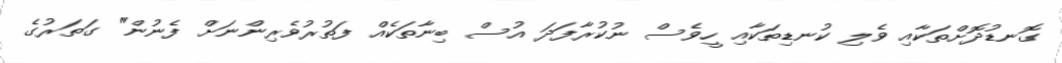
ގޮނޑުދޮށްތަކާއި ވެލި ކުނޑިތަކާއި ހީވެސް ނުކުރާފަދަ އުސް ބިނާތަކެއް ފަތުރުވެރިންނަށް ފެނުން" ގަތަރުގެ